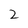
Character: 2